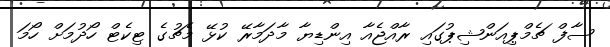
ސާފް ޗެމްޕިއަންޝިޕުގައި ރާއްޖެއާ އިންޑިޔާ މާދަމާރޭ ކުޅޭ މެޗުގެ ޓިކެޓް ހޯދުމަށް ހޯމަ